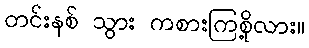
တင်းနစ် သွား ကစားကြစို့လား။